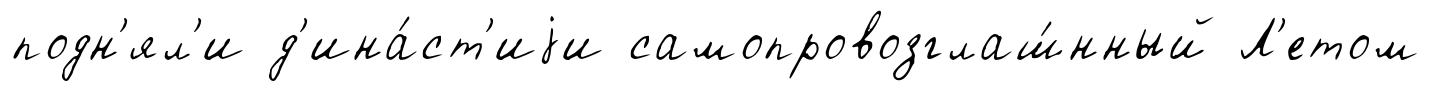
подн'ял'и д'ина́ст'иjи самопровозглаш́нный Л'етом